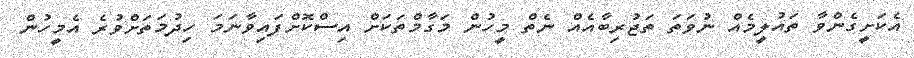
އެކަށީގެންވާ ތައުލީމެއް ނުވަތަ ތަޖުރިބާއެއް ނެތް މީހުން މަގާމްތަކަށް އިސްކޮށްފައިވާނަމަ ހިދުމަތަށްވުރެ އެމީހުން